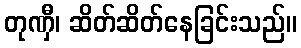
တုဏှီ၊ ဆိတ်ဆိတ်နေခြင်းသည်။